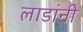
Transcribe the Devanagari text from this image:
लाडांनी